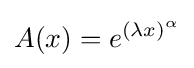
A(x)=e^{(\lambda x)^{\alpha }}